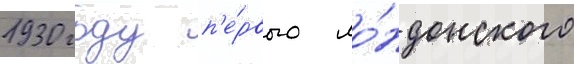
1930 году п'е́рвого ло́ндонского